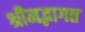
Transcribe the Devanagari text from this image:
श्रीमद्भागत